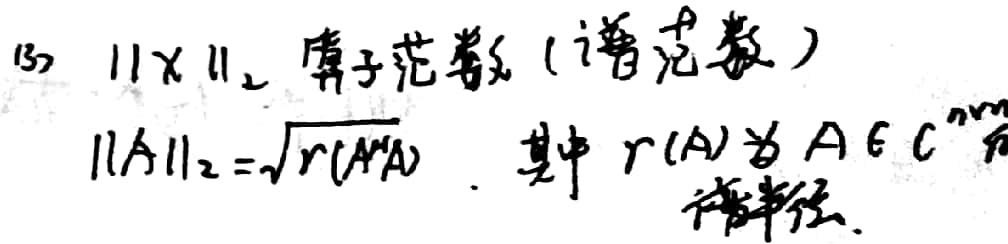
(3) $\| x \|_{2}$ 算子范数（谱范数）$\|A\|_{2}=\sqrt{r(A^{H}A)}$。其中$r(A)$为$A\in\mathbb{C}^{n\times n}$的谱半径。